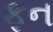
ફન